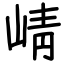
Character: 崝